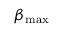
\beta _ { \mathrm { m a x } }